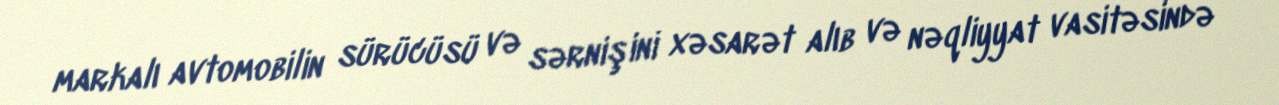
markalı avtomobilin sürücüsü və sərnişini xəsarət alıb və nəqliyyat vasitəsində